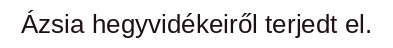
Ázsia hegyvidékeiről terjedt el.